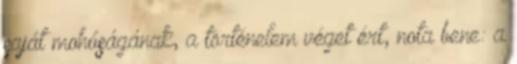
saját mohóságának, a történelem véget ért, nota bene: a